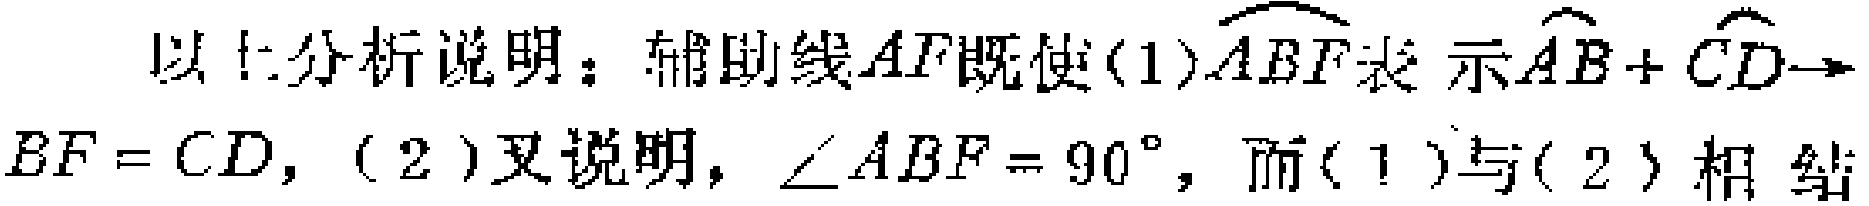
以上分析说明：辅助线\(AF\)既使(1)\(\overset{\frown}{ABF}\)表示\(\overset{\frown}{AB} + \overset{\frown}{CD}\)，\(BF = CD\)，(2)又说明，\(\angle ABF = 90^{\circ}\)，而(1)与(2)相结